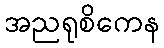
အညရုစိကေန